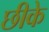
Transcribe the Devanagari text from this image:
छीके